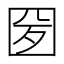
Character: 𡇕